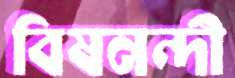
বিষনন্দী